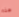
هذه